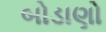
બોડાણો